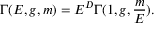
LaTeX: \Gamma ( E , g , m ) = E ^ { D } \Gamma ( 1 , g , \frac { m } { E } ) .